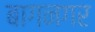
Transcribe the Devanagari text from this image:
बागनगर